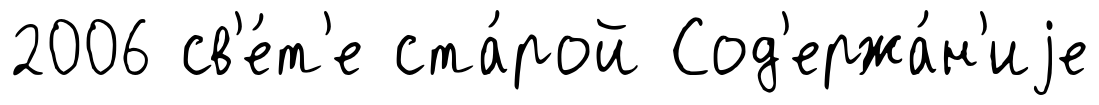
2006 св'е́т'е ста́рой Сод'ержа́н'иjе